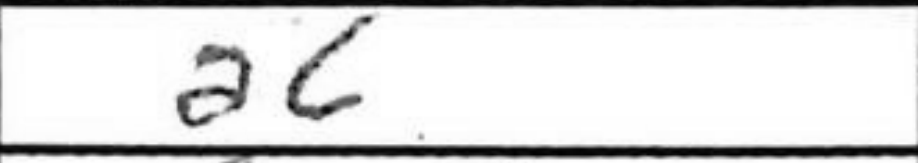
Transcription: a6